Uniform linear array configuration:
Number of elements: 24
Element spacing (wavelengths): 0.5
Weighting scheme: blackman
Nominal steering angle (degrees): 15
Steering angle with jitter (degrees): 13.806
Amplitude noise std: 0.05
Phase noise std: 0.05

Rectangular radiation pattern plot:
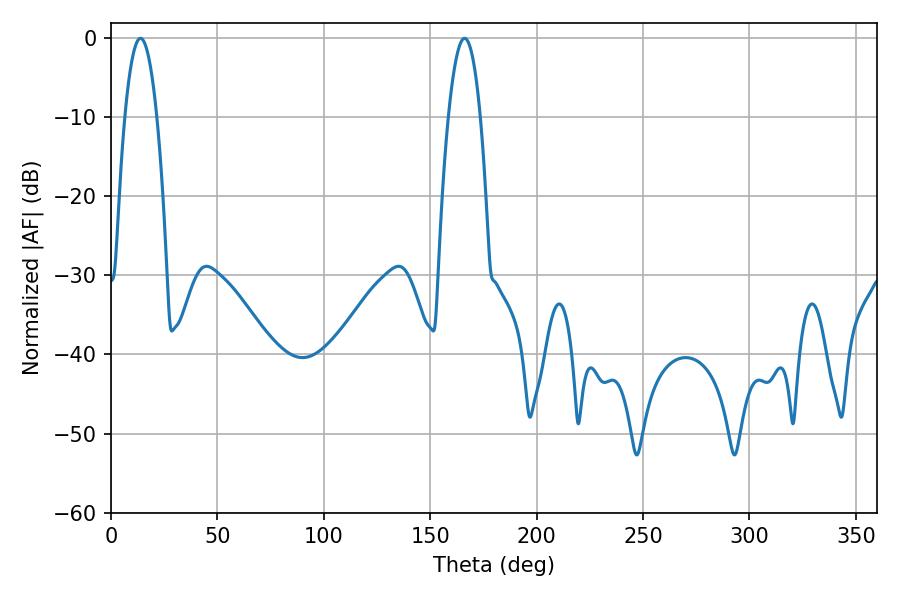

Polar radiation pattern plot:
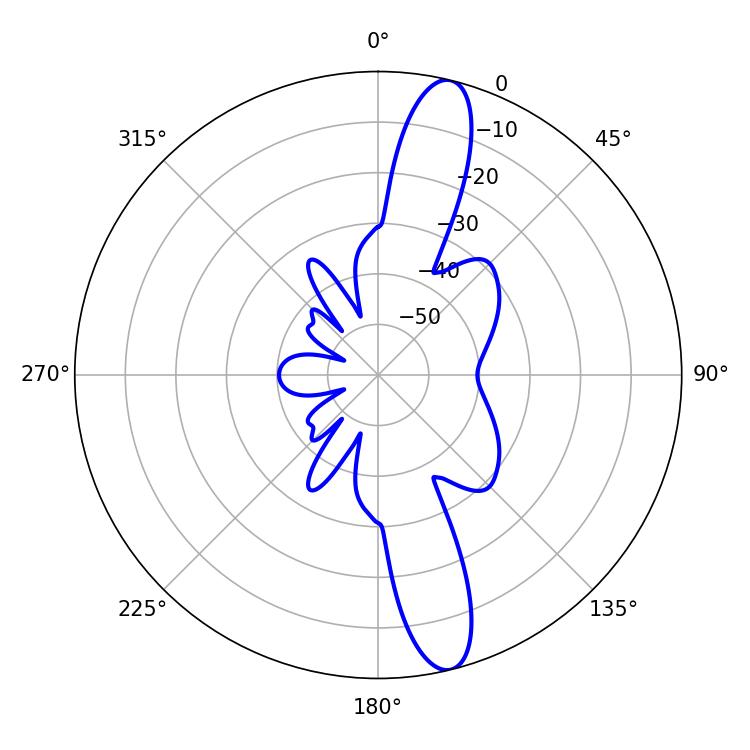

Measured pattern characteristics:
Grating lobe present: FALSE
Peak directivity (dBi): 14.233
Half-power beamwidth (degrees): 8.28
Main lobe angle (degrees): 13.86